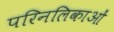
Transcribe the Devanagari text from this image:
परिनलिकाओं